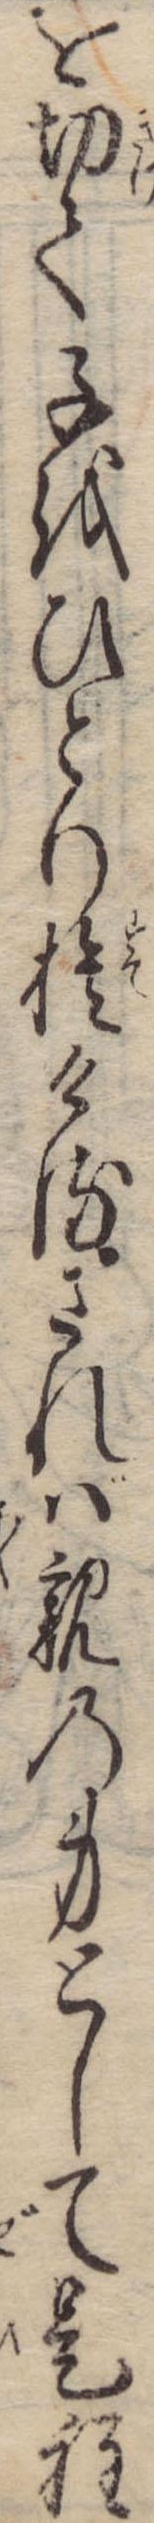
を切て子をひとり捨けるされば親の身として是程